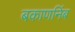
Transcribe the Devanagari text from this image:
बकाणनिंब